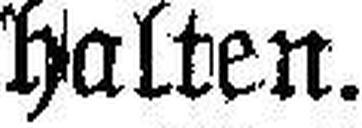
halten.